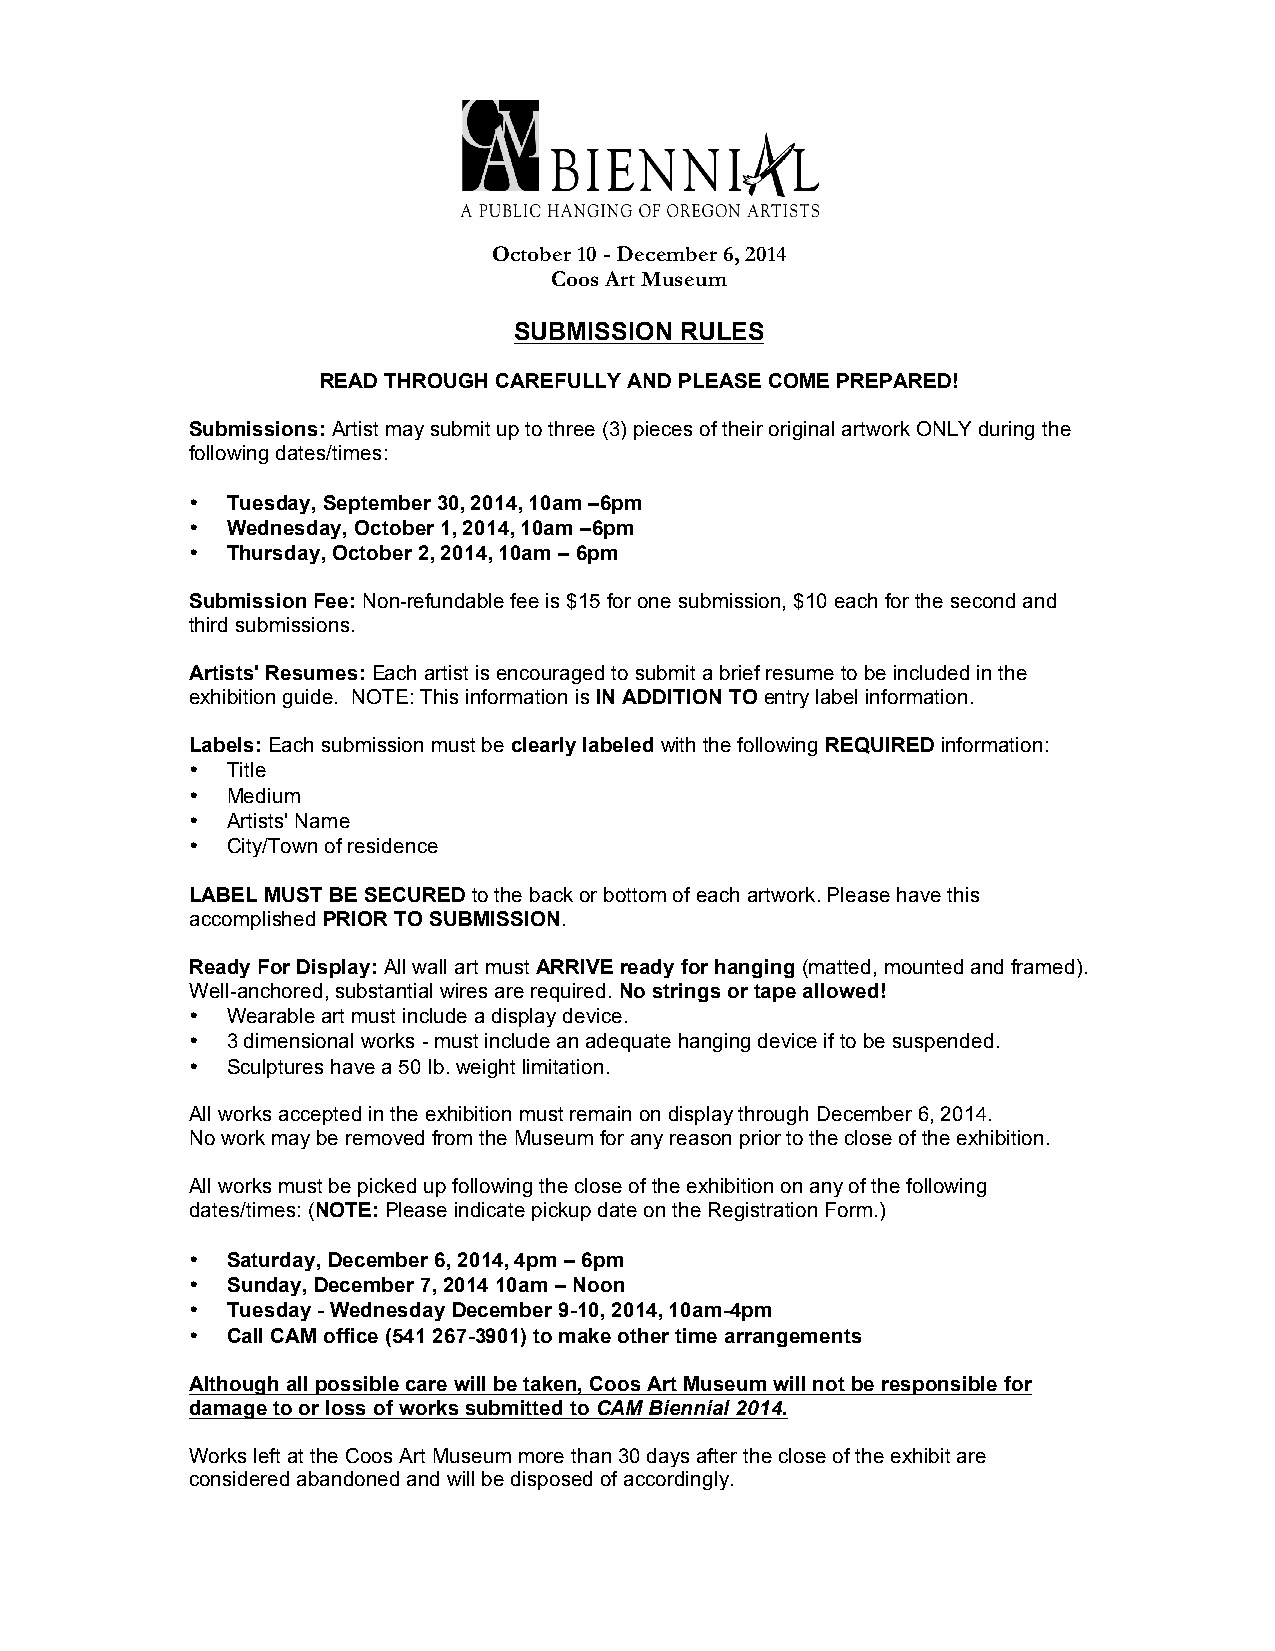
October 10 - December 6, 2014
 Coos Art Museum
 SUBMISSION RULES
 READ THROUGH CAREFULLY AND PLEASE COME PREPARED!
 Submissions: Artist may submit up to three (3) pieces of their original artwork ONLY during the
 following dates/times:
 • Tuesday, September 30, 2014, 10am –6pm
 • Wednesday, October 1, 2014, 10am –6pm
 • Thursday, October 2, 2014, 10am – 6pm
 Submission Fee: Non-refundable fee is $15 for one submission, $10 each for the second and
 third submissions.
 Artists' Resumes: Each artist is encouraged to submit a brief resume to be included in the
 exhibition guide. NOTE: This information is IN ADDITION TO entry label information.
 Labels: Each submission must be clearly labeled with the following REQUIRED information:
 • Title
 • Medium
 • Artists' Name
 • City/Town of residence
 LABEL MUST BE SECURED to the back or bottom of each artwork. Please have this
 accomplished PRIOR TO SUBMISSION.
 Ready For Display: All wall art must ARRIVE ready for hanging (matted, mounted and framed).
 Well-anchored, substantial wires are required. No strings or tape allowed!
 • Wearable art must include a display device.
 • 3 dimensional works - must include an adequate hanging device if to be suspended.
 • Sculptures have a 50 lb. weight limitation.
 All works accepted in the exhibition must remain on display through December 6, 2014.
 No work may be removed from the Museum for any reason prior to the close of the exhibition.
 All works must be picked up following the close of the exhibition on any of the following
 dates/times: (NOTE: Please indicate pickup date on the Registration Form.)
 • Saturday, December 6, 2014, 4pm – 6pm
 • Sunday, December 7, 2014 10am – Noon
 • Tuesday - Wednesday December 9-10, 2014, 10am-4pm
 • Call CAM office (541 267-3901) to make other time arrangements
 Although all possible care will be taken, Coos Art Museum will not be responsible for
 damage to or loss of works submitted to CAM Biennial 2014.
 Works left at the Coos Art Museum more than 30 days after the close of the exhibit are
 considered abandoned and will be disposed of accordingly.